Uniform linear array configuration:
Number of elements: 64
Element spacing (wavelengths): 0.5
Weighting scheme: blackman
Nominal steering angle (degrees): -45
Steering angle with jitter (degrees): -44.187
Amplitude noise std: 0.05
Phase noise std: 0.05

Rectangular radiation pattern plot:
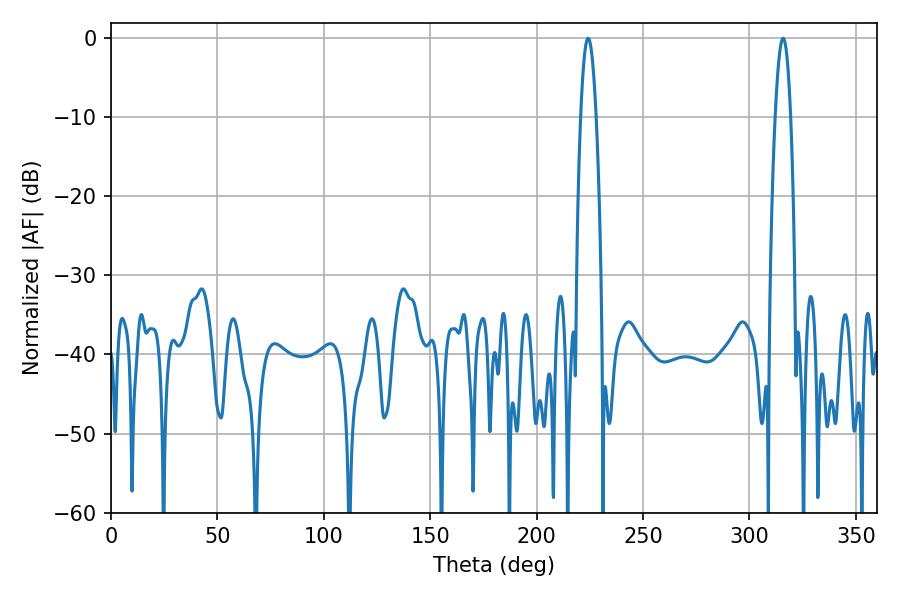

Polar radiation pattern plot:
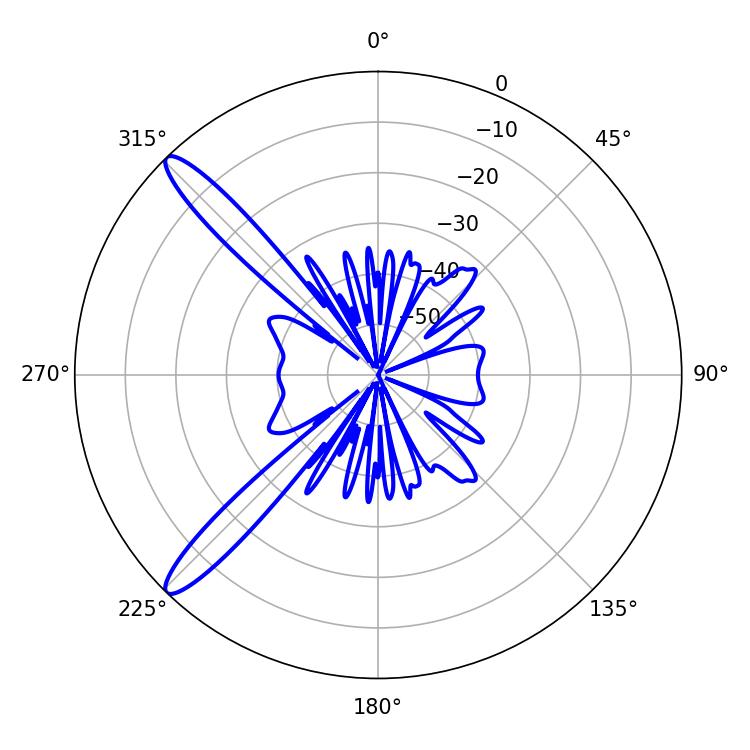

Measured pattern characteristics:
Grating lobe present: FALSE
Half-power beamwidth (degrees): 3.96
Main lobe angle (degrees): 315.9